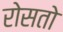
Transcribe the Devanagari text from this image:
रोसतो